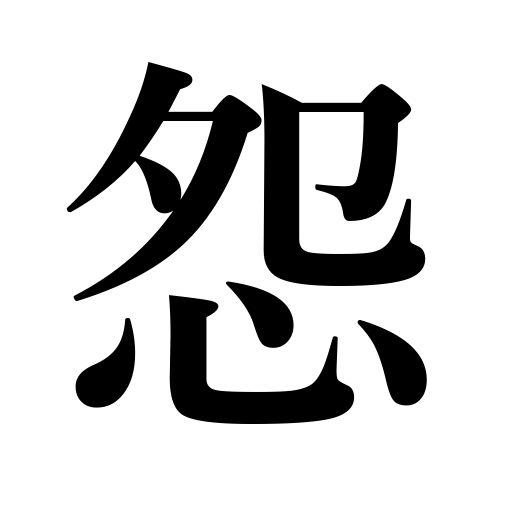
Meanings: bear a grudge,be jealous,show resentment